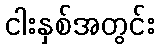
ငါးနှစ်အတွင်း